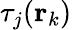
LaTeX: \tau_{j}(\textbf{r}_{k})